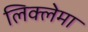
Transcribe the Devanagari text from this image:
लिक्लेमा